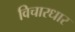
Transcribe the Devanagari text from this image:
विचारधार